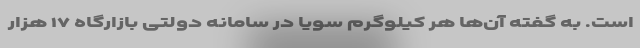
است. به گفته آن‌ها هر کیلوگرم سویا در سامانه دولتی بازارگاه ۱۷ هزار